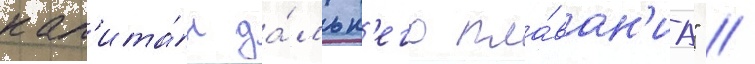
кап'ита́н да́льн'его пла́ван'иа" //